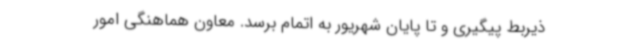
ذیربط پیگیری و تا پایان شهریور به اتمام برسد. معاون هماهنگی امور